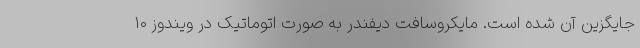
جایگزین آن شده است. مایکروسافت دیفندر به صورت اتوماتیک در ویندوز ۱۰